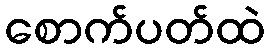
စောက်ပတ်ထဲ